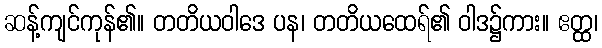
ဆန့်ကျင်ကုန်၏။ တတိယဝါဒေ ပန၊ တတိယထေရ်၏ ဝါဒ၌ကား။ ဧတ္ထ၊